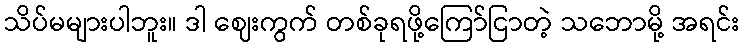
သိပ်မများပါဘူး။ ဒါ ဈေးကွက် တစ်ခုရဖို့ကြော်ငြာတဲ့ သဘောမို့ အရင်း